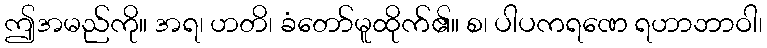
ဤအမည်ကို။ အရ၊ ဟတိ၊ ခံတော်မူထိုက်၏။ စ၊ ပါပကရဏေ ရဟာဘာဝါ၊